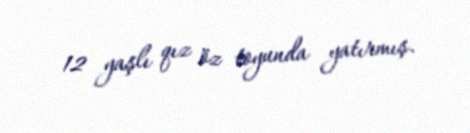
12 yaşlı qız öz toyunda yatırmış.